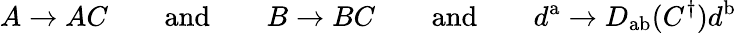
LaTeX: A\rightarrow AC\qquad{\mathrm{and}}\qquad B\rightarrow BC\qquad{\mathrm{and}}\qquad d^{\mathrm{a}}\rightarrow D_{\mathrm{ab}}(C^{\dagger})d^{\mathrm{b}}